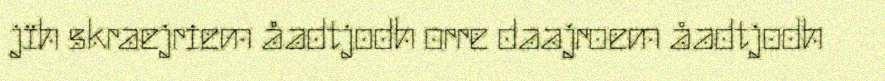
jïh skraejriem åadtjodh orre daajroem åadtjodh